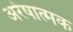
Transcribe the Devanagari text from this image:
अरेषात्मक